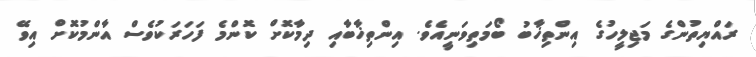
ރައްޔިތުންގެ މަޖިލީހުގެ އިންތިޚާބު ބޯމަތިވަނީއެވެ. އިންތިޚާބާއި ދިމާކޮށް ކޮންމެ ފަހަރަކުވެސް އާންމުކޮށް އިވޭ